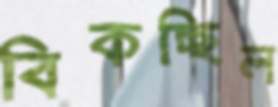
বিকচ্ছিল